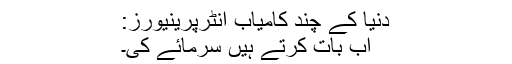
دنیا کے چند کامیاب انٹرپرینیورز:
اب بات کرتے ہیں سرمائے کی۔